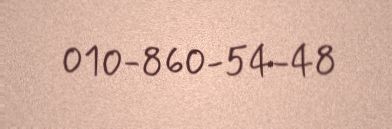
010-860-54-48